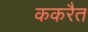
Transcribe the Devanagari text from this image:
ककरैत